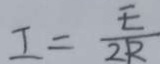
I = \frac { E } { 2 R }